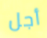
أجل